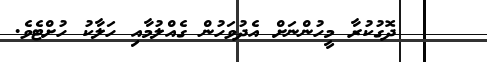
٣٧    ދޮގުކުރާ މީހުންނަށް އެދުވަހުން ގެއްލުމާއި ހަލާކު ހުށްޓެވެ.